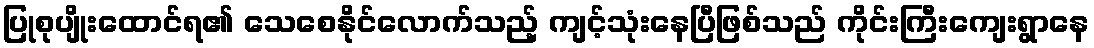
ပြုစုပျိုးထောင်ရ၏ သေစေနိုင်လောက်သည့် ကျင့်သုံးနေပြီဖြစ်သည် ကိုင်းကြီးကျေးရွာနေ